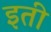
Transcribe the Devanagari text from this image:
इती